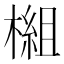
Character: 𬄗